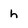
Character: h